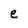
Character: e